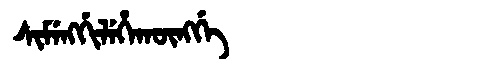
Manchu: ᠰᡳᠮᡝᠩᡤᡳᠯᡝᡥᠠᡴᡡᠩᡤᡝ
Romanization: SIMENGGILEHAKŪNGGE